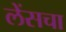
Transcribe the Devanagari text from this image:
लेंसचा